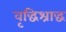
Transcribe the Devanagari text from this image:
वृद्धिश्राद्ध